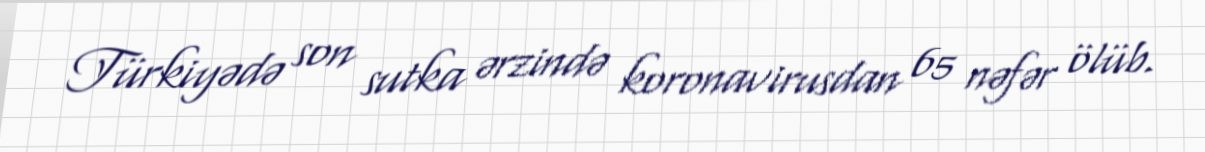
Türkiyədə son sutka ərzində koronavirusdan 65 nəfər ölüb.